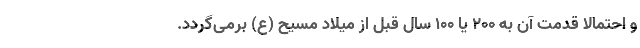
و احتمالاً قدمت آن به ۲۰۰ یا ۱۰۰ سال قبل از میلاد مسیح (ع) برمی‌گردد.